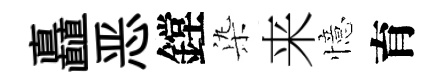
矗恶鏜𣑱来憶育